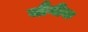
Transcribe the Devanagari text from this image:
यौगीक